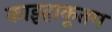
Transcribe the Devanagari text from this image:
काझ्हाकूतम